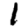
Digit: 1